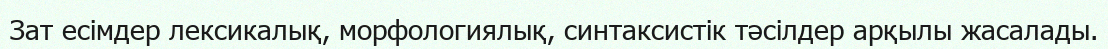
Зат есімдер лексикалық, морфологиялық, синтаксистік тәсілдер арқылы жасалады.